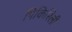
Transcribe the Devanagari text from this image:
पिकिरिली